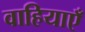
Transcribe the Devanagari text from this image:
वाहियाएँ